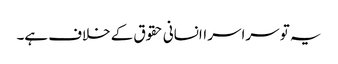
یہ تو سراسر اانسانی حقوق کے خلاف ہے۔